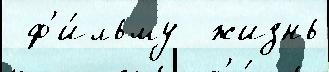
 ф'и́льму  жизнь